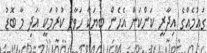
ގައުމެއްގެ އިދާރީ ކަންކަން އެހެން ބަޔަކާ ހަވާލު ކުރުމަކީ އަދި މާ ބޮޑު